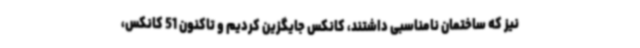
نیز که ساختمان نامناسبی داشتند، کانکس جایگزین کردیم و تاکنون 51 کانکس،